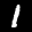
Label: 1